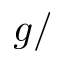
g /